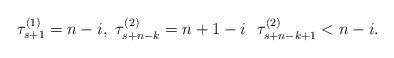
LaTeX: \begin{align*}\tau^{(1)}_{s+1}=n-i, \ \tau^{(2)}_{s+n-k}=n+1-i \ \ \tau^{(2)}_{s+n-k+1} < n-i.\end{align*}